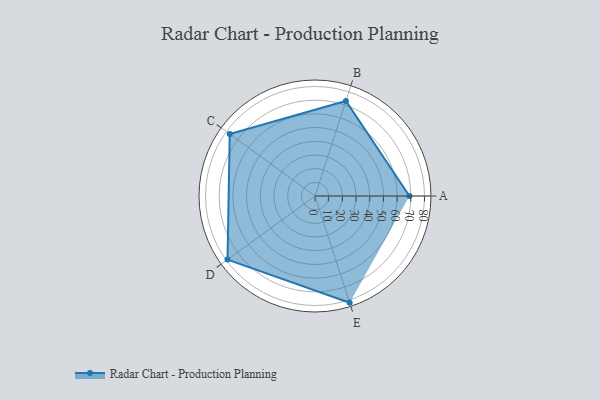
{"axis": {"x": "Skill", "y": "Score"}, "legend": ["Profile"], "data": [{"x": "A", "y": 69.0, "type": "Profile"}, {"x": "B", "y": 73.0, "type": "Profile"}, {"x": "C", "y": 77.0, "type": "Profile"}, {"x": "D", "y": 79.0, "type": "Profile"}, {"x": "E", "y": 82.0, "type": "Profile"}]}